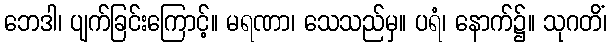
ဘေဒါ၊ ပျက်ခြင်းကြောင့်။ မရဏာ၊ သေသည်မှ။ ပရံ၊ နောက်၌။ သုဂတိံ၊